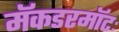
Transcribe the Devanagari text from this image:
मॅकडरमॉटः